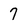
Character: 7